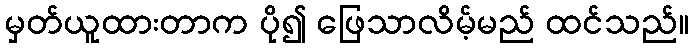
မှတ်ယူထားတာက ပို၍ ဖြေသာလိမ့်မည် ထင်သည်။